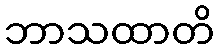
ဘာသထာတိ